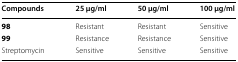
| Compounds | 25 μg/ml | 50 μg/ml | 100 μg/ml |
 | --- | --- | --- | --- |
 | 98 | Resistant | Resistant | Sensitive |
 | 99 | Resistance | Resistance | Sensitive |
 | Streptomycin | Sensitive | Sensitive | Sensitive |